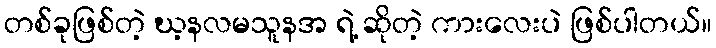
တစ်ခုဖြစ်တဲ့ ဃ့နလမသူနအ ရဲ့ ဆိုတဲ့ ကားလေးပဲ ဖြစ်ပါတယ်။